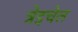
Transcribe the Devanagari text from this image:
त्रेइचेल